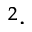
^ { 2 } \cdot